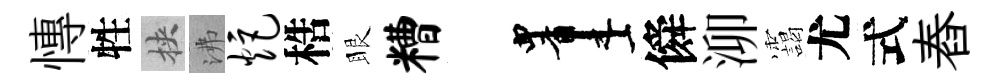
慱牲挾沸炬梏眼糟画僢泖靄尤式舂